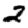
Digit: 2